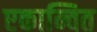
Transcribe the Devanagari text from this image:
एकान्वित